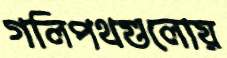
গলিপথগুলোয়